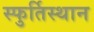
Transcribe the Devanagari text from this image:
स्फुर्तिस्थान